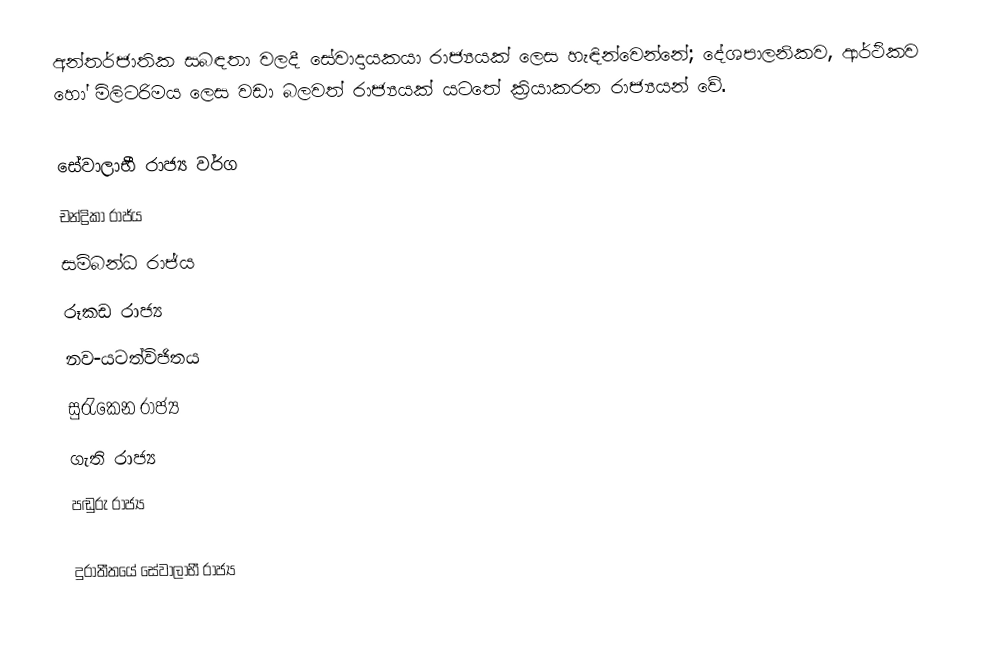
අන්තර්ජාතික සබඳතා වලදී සේවාදායකයා රාජ්‍යයක් ලෙස හැඳින්වෙන්නේ; දේශපාලනිකව, ආර්ථිකව හෝ මිලිටරිමය ලෙස වඩා බලවත් රාජ්‍යයක් යටතේ ක්‍රියාකරන රාජ්‍යයන් වේ.

සේවාලාභී රාජ්‍ය වර්ග
 චන්ද්‍රිකා රාජ්ය
 සම්බන්ධ රාජ්ය
 රූකඩ රාජ්‍ය
 නව-යටත්විජිතය
 සුරැකෙන රාජ්‍ය
 ගැති රාජ්‍ය
 පඬුරු රාජ්‍ය

දුරාතීතයේ සේවාලාභී රාජ්‍ය